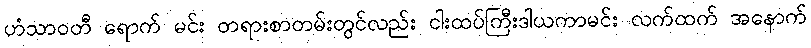
ဟံသာဝတီ ရောက် မင်း တရားစာတမ်းတွင်လည်း ငါးထပ်ကြီးဒါယကာမင်း လက်ထက် အနောက်